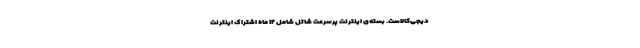
دیجی‌کالاست. بسته‌ی اینترنت پرسرعت شاتل شامل ۱۲ ماه اشتراک اینترنت